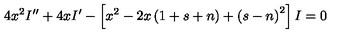
4 x ^ { 2 } I ^ { \prime \prime } + 4 x I ^ { \prime } - \left[ x ^ { 2 } - 2 x \left( 1 + s + n \right) + \left( s - n \right) ^ { 2 } \right] I = 0 \,